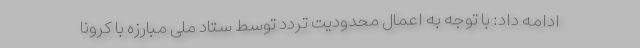
ادامه داد: با توجه به اعمال محدودیت تردد توسط ستاد ملی مبارزه با کرونا